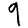
Digit: 9